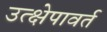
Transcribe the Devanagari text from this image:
उत्क्षेपावर्त